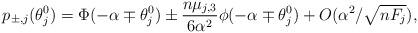
LaTeX: \begin{align*}p_{\pm, j}(\theta_j^0)&=\Phi(-\alpha\mp \theta_j^0) \pm \frac{n\mu_{j,3}}{6\alpha^2}\phi(-\alpha \mp \theta_j^0) +O(\alpha^2/\sqrt{nF_j}),\end{align*}